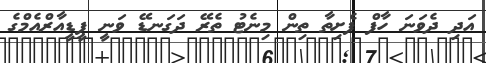
އަދި ދެވަނަ ހާފް ފެށިތާ ތިން މިނެޓު ތެރޭ ދަގަނޑޭ ވަނީ ޕީޑީއާރްއެމްގެ